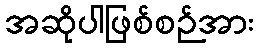
အဆိုပါဖြစ်စဉ်အား